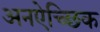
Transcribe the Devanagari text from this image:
अनऐच्छिक